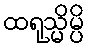
ထရုသ္မိမ္ပိ